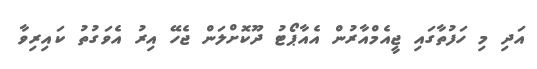
އަދި މި ހަފުތާގައި ޖީއެމްއާރުން އެއާޕޯޓު ދޫކޮށްލަން ޖެހޭ އިރު އެވަގުތު ކައިރިވާ